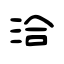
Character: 洽